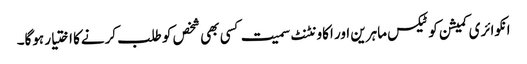
انکوائری کمیشن کو ٹیکس ماہرین اور اکاونٹنٹ سمیت کسی بھی شخص کو طلب کرنےکا اختیار ہوگا۔